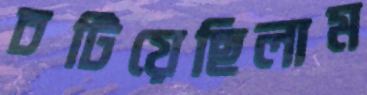
চটিয়েছিলাম